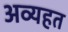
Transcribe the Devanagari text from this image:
अव्यहत